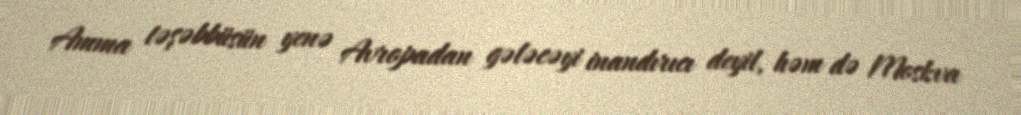
Amma təşəbbüsün yenə Avropadan gələcəyi inandırıcı deyil, həm də Moskva